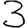
Digit: 3